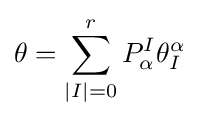
\theta =\sum _{|I|=0}^{r}P_{\alpha }^{I}\theta _{I}^{\alpha }